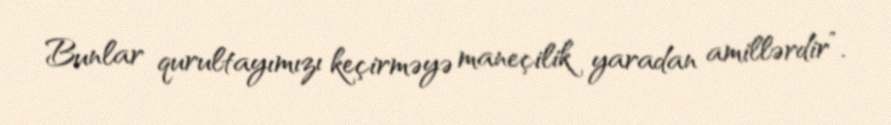
Bunlar qurultayımızı keçirməyə maneçilik yaradan amillərdir”.